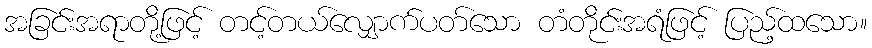
အခြင်းအရာတို့ဖြင့် တင့်တယ်လျှောက်ပတ်သော တံတိုင်းအရံဖြင့် ပြည့်ထသော။